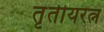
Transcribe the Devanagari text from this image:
तृतीयरत्न